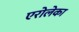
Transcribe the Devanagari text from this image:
एरोलेका